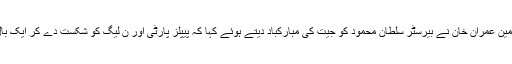
تحریک انصاف کے چیئرمین عمران خان نے بیرسٹر سلطان محمود کو جیت کی مبارکباد دیتے ہوئے کہا کہ پیپلز پارٹی اور ن لیگ کو شکست دے کر ایک بال پر دو وکٹیں گرادی ہیں۔